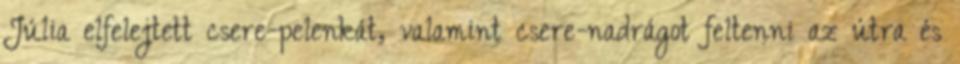
Júlia elfelejtett csere-pelenkát, valamint csere-nadrágot feltenni az útra és